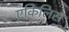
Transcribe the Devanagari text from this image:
एकिलिस